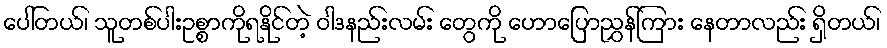
ပေါ်တယ်၊ သူတစ်ပါးဥစ္စာကိုရနိုင်တဲ့ ဝါဒနည်းလမ်း တွေကို ဟောပြောညွှန်ကြား နေတာလည်း ရှိတယ်၊